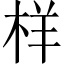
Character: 样